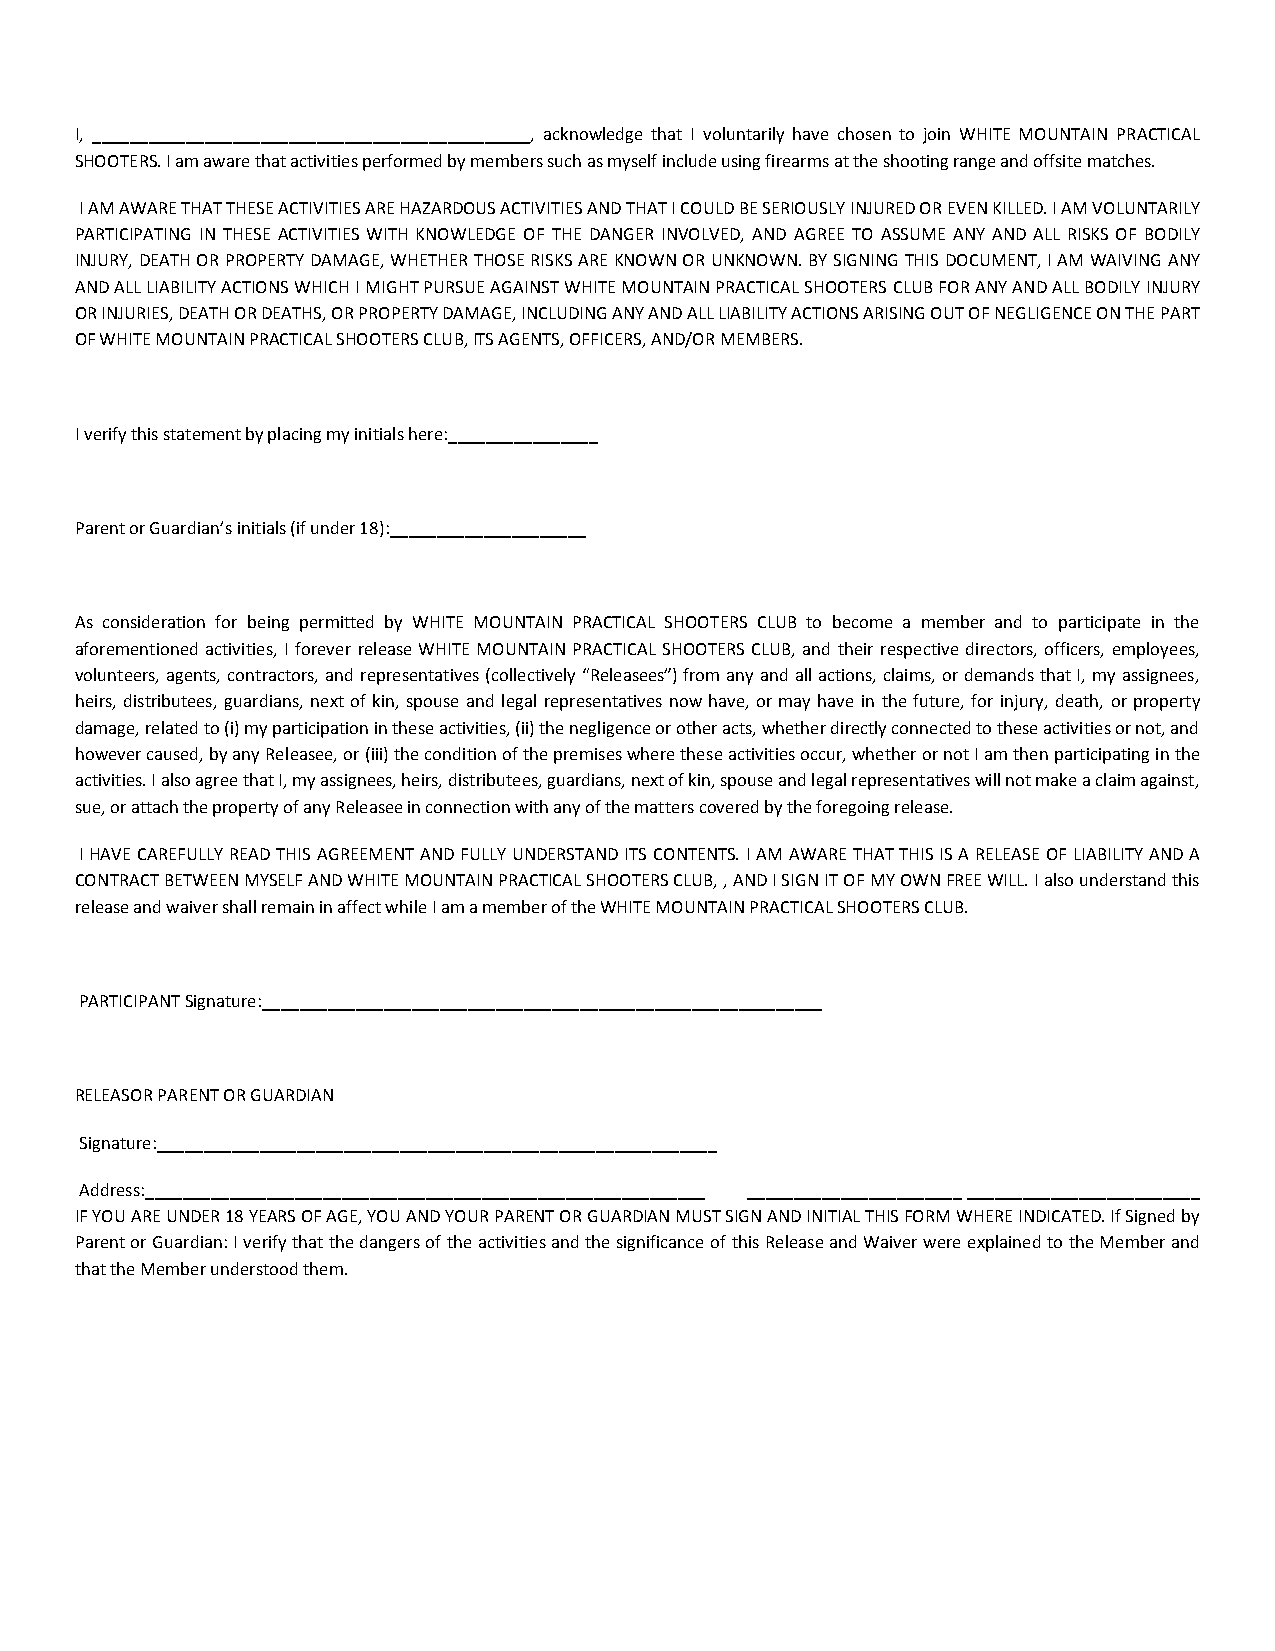
I, _______________________________________________, acknowledge that I voluntarily have chosen to join WHITE MOUNTAIN PRACTICAL
 SHOOTERS. I am aware that activities performed by members such as myself include using firearms at the shooting range and offsite matches.
 I AM AWARE THAT THESE ACTIVITIES ARE HAZARDOUS ACTIVITIES AND THAT I COULD BE SERIOUSLY INJURED OR EVEN KILLED. I AM VOLUNTARILY
 PARTICIPATING IN THESE ACTIVITIES WITH KNOWLEDGE OF THE DANGER INVOLVED, AND AGREE TO ASSUME ANY AND ALL RISKS OF BODILY
 INJURY, DEATH OR PROPERTY DAMAGE, WHETHER THOSE RISKS ARE KNOWN OR UNKNOWN. BY SIGNING THIS DOCUMENT, I AM WAIVING ANY
 AND ALL LIABILITY ACTIONS WHICH I MIGHT PURSUE AGAINST WHITE MOUNTAIN PRACTICAL SHOOTERS CLUB FOR ANY AND ALL BODILY INJURY
 OR INJURIES, DEATH OR DEATHS, OR PROPERTY DAMAGE, INCLUDING ANY AND ALL LIABILITY ACTIONS ARISING OUT OF NEGLIGENCE ON THE PART
 OF WHITE MOUNTAIN PRACTICAL SHOOTERS CLUB, ITS AGENTS, OFFICERS, AND/OR MEMBERS.
 I verify this statement by placing my initials here:________________
 Parent or Guardian’s initials (if under 18):_____________________
 As consideration for being permitted by WHITE MOUNTAIN PRACTICAL SHOOTERS CLUB to become a member and to participate in the
 aforementioned activities, I forever release WHITE MOUNTAIN PRACTICAL SHOOTERS CLUB, and their respective directors, officers, employees,
 volunteers, agents, contractors, and representatives (collectively “Releasees”) from any and all actions, claims, or demands that I, my assignees,
 heirs, distributees, guardians, next of kin, spouse and legal representatives now have, or may have in the future, for injury, death, or property
 damage, related to (i) my participation in these activities, (ii) the negligence or other acts, whether directly connected to these activities or not, and
 however caused, by any Releasee, or (iii) the condition of the premises where these activities occur, whether or not I am then participating in the
 activities. I also agree that I, my assignees, heirs, distributees, guardians, next of kin, spouse and legal representatives will not make a claim against,
 sue, or attach the property of any Releasee in connection with any of the matters covered by the foregoing release.
 I HAVE CAREFULLY READ THIS AGREEMENT AND FULLY UNDERSTAND ITS CONTENTS. I AM AWARE THAT THIS IS A RELEASE OF LIABILITY AND A
 CONTRACT BETWEEN MYSELF AND WHITE MOUNTAIN PRACTICAL SHOOTERS CLUB, , AND I SIGN IT OF MY OWN FREE WILL. I also understand this
 release and waiver shall remain in affect while I am a member of the WHITE MOUNTAIN PRACTICAL SHOOTERS CLUB.
 PARTICIPANT Signature:____________________________________________________________
 RELEASOR PARENT OR GUARDIAN
 Signature:____________________________________________________________
 Address:____________________________________________________________ _______________________ _________________________
 IF YOU ARE UNDER 18 YEARS OF AGE, YOU AND YOUR PARENT OR GUARDIAN MUST SIGN AND INITIAL THIS FORM WHERE INDICATED. If Signed by
 Parent or Guardian: I verify that the dangers of the activities and the significance of this Release and Waiver were explained to the Member and
 that the Member understood them.